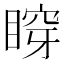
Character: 𥈹